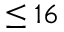
\leq 1 6